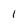
Character: 1